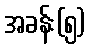
အခန်း(၅)